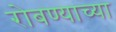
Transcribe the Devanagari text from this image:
रोबण्याच्या